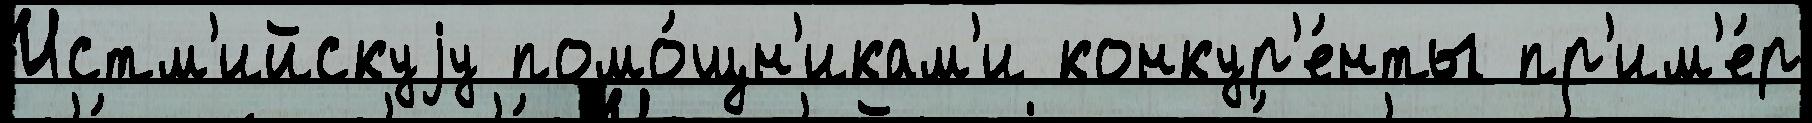
Истм'ийскуjу помо́щн'икам'и конкур'е́нты пр'им'е́р